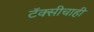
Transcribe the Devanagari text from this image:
टॅक्सीचाही